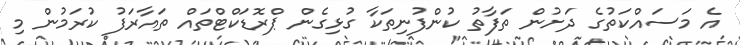
އެ މަސައްކަތުގެ ދަށުން ތަފާތު ކުންފުނިތަކާ ގުޅިގެން ޕްރޮޑަކްޓްތައް ތައާރަފު ކުރަމުން މި